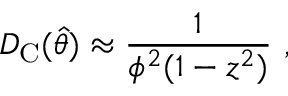
D _ { \mathrm { C } } ( \hat { \theta } ) \approx \frac { 1 } { \phi ^ { 2 } ( 1 - z ^ { 2 } ) } \ ,